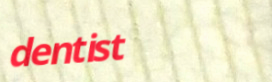
dentist